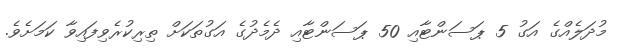
މުދަލެއްގެ އަގު 5 ޕަސަންޓާއި 50 ޕަސަންޓާއި ދެމެދުގެ އަގުތަކަށް ތިރިކުރެވިފައިވާ ކަމަށެވެ.